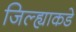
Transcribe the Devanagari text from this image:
जिल्ह्याकडे